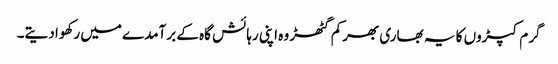
گرم کپڑوں کا یہ بھاری بھرکم گٹھڑ وہ اپنی رہائش گاہ کے برآمدے میں رکھوا دیتے۔